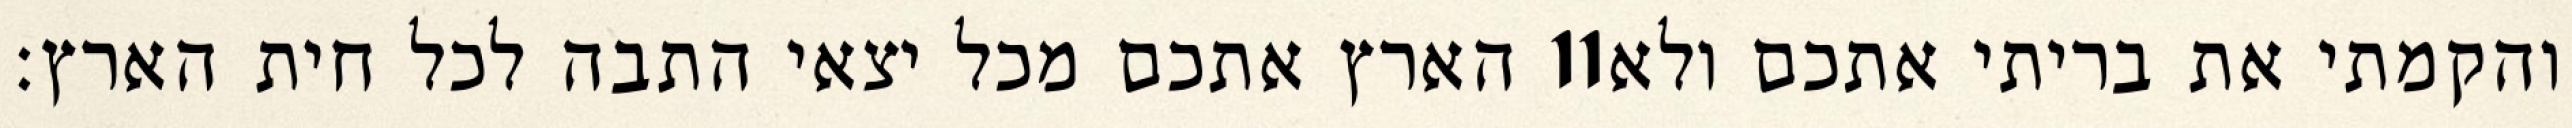
הארץ אתכם מכל יצאי התבה לכל חית הארץ׃ ‎11‏ והקמתי את בריתי אתכם ולא